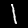
Digit: 1